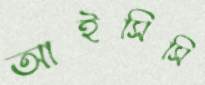
আইসিসি